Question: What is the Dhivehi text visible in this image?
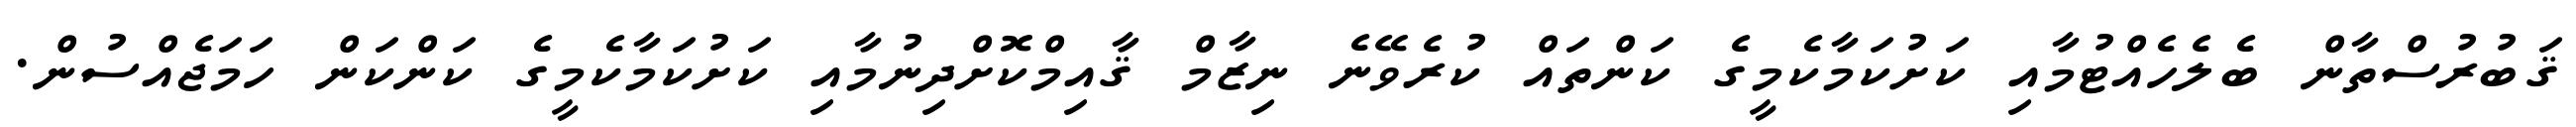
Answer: ޤަބުރުސްތާން ބެލެހެއްޓުމާއި ކަށުކަމާކެމީގެ ކަންތައް ކުރެވޭނެ ނިޒާމް ޤާއިމްކޮށްދިނުމާއި ކަށުކަމާކެމީގެ ކަންކަން ހަމަޖެއްސުން.